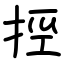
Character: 挳